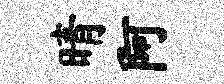
晴阿